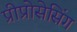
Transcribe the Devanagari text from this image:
प्रीप्रोसेसिंग